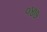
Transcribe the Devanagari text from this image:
०४७